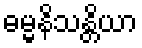
ဓမ္မနိသန္တိယာ